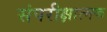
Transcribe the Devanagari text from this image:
संपरीक्षात्मक